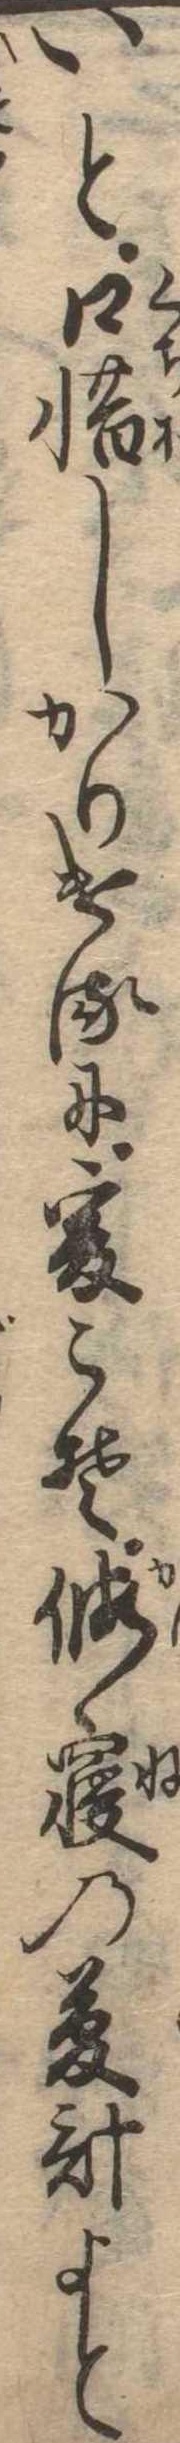
いと口惜しかりけるに爰こそ仮寝の夢計よと